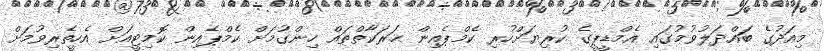
މިއަދުގެ ބައްދަލުވުމުގައި އެމްޑީޕީގެ ކުރިޔަށްހުރި ކެމްޕެއިން ޙަރަކާތްތައް ހިންގުމަށް ކެމްޕެއިން ކޮމިޓީއަށް އެހީތެރިވުމަށް